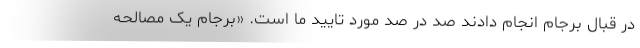
در قبال برجام انجام دادند صد در صد مورد تایید ما است. «برجام یک مصالحه